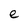
Character: e